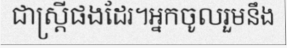
ជាស្ត្រីផងដែរ។អ្នកចូលរួមនឹង